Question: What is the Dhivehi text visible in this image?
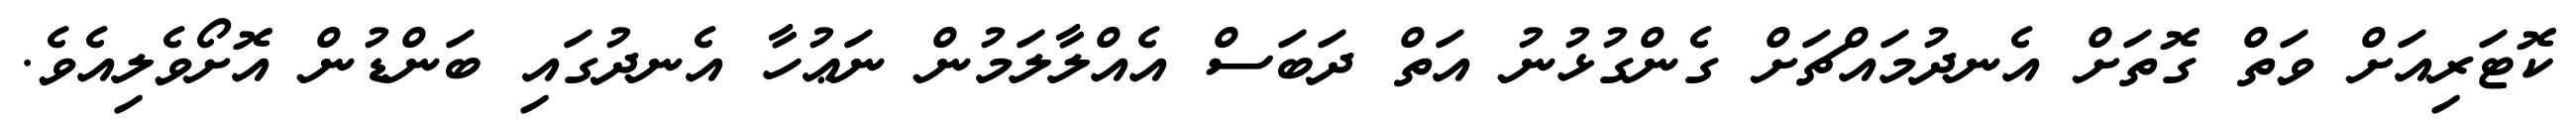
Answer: ކޮޓަރިއަށް ވަތް ގޮތަށް އެނދުމައްޗަށް ގެންގުޅުނު އަތް ދަބަސް އެއްލާލަމުން ނަޢުހާ އެނދުގައި ބަންޑުން އޮށޯވެލިއެވެ.